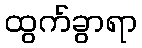
ထွက်ခွာရာ